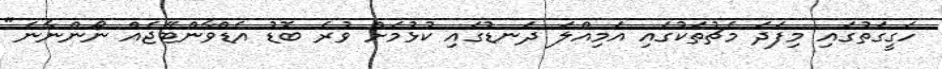
ހަގީގަތުގައި މިފަދަ މެޗުތަކުގައި އަމިއްލަ ދަނޑުގައި ކުޅުމަށް ވުރެ ބޮޑު އެޑްވާންޓޭޖެއް ނޯންނާނެ"